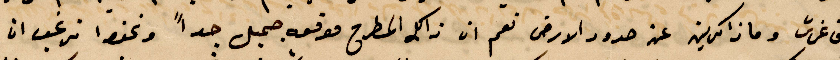
الف غرش وماذاكرين عن حدود الأرض تعمم ان ذلك المطرح موقعه جميل جدًا ونحنو نرغب ان